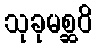
သုခုမစ္ဆဝိ